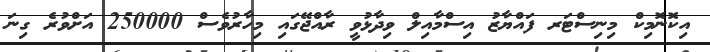
އިކޮނޮމިކް މިނިސްޓަރ ފައްޔާޒު އިސްމާއިލް ވިދާޅުވީ ރާއްޖޭގައި މިހާރުވެސް 250000 އަށްވުރެ ގިނަ